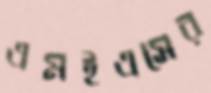
এমইএসের